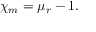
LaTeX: \chi _ { m } = \mu _ { r } - 1 .